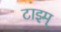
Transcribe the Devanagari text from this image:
टाइम्